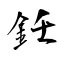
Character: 鈓